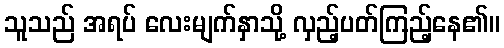
သူသည် အရပ် လေးမျက်နှာသို့ လှည့်ပတ်ကြည့်နေ၏။